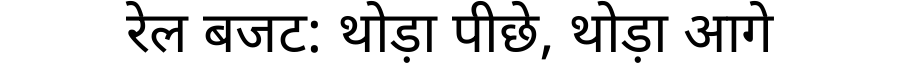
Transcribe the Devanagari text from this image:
रेल बजट: थोड़ा पीछे, थोड़ा आगे